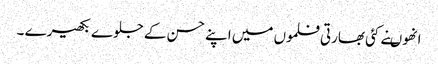
انھوںنے کئی بھارتی فلموں میں اپنے حسن کے جلوے بکھیرے ۔